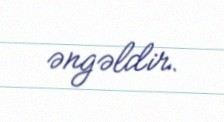
əngəldir.